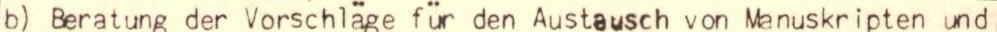
b) Beratung der Vorschläge für den Austausch von Manuskripten und